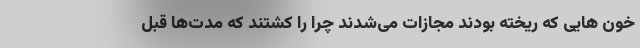
خون هایی که ریخته بودند مجازات می‌شدند چرا را کشتند که مدت‌ها قبل